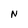
Character: N